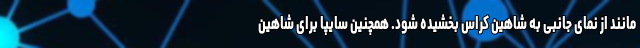
مانند از نمای جانبی به شاهین کراس بخشیده شود. همچنین سایپا برای شاهین